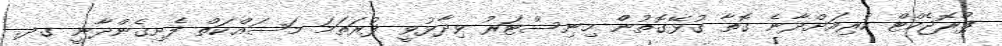
ޕްރޮޖެކްޓް ކުރިއަށްދާނެ ގޮތާ ގުޅޭގޮތުން މިނިސްޓަރު ވިދާޅުވީ ފުރަތަމަ މަސައްކަތް ފެށިގެންދާނީ ގދ.